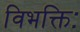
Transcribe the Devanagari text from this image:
विभक्तिः